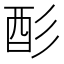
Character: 𫹉